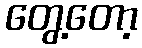
တွေ့တော့